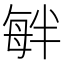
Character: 𣫷